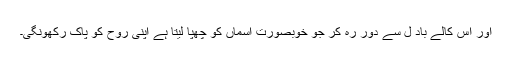
اور اس کالے باد ل سے دور رہ کر جو خوبصورت آسماں کو چھپا لیتا ہے اپنی روح کو پاک رکھونگی۔